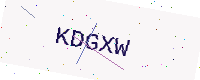
Text: KDGXW